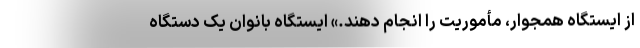
از ایستگاه همجوار، مأموریت را انجام دهند.» ایستگاه بانوان یک دستگاه